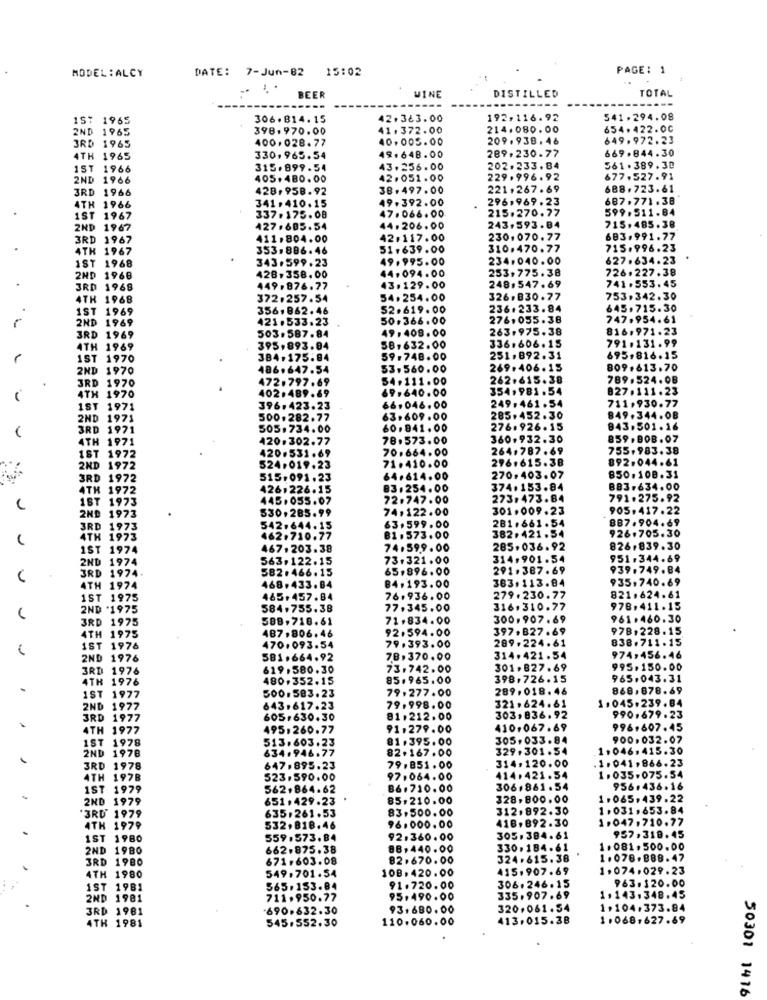
MODEL : ALCY
DATE: 7-Jun-82 15:02
PAGE: 1
WINE
DISTILLED
TOTAL
BEER
----
---
1S: 1965
306.814.15
42.363.00
192,116.92
541.294.08
2ND 1965
398.970.00
41. 372.00
214.080.00
654.422.00
400,028.77
40.005.00
209.938. 46
649.972.23
3RD 1965
289,230.77
669.844.30
4TH 1965
330,965.54
49.648.00
1ST 1966
1ST
315.899.54
43.256.00
202.233. 84
361.389.30
2ND 1966
405.480.00
42.051.00
229.996.92
677.527.91
3RD
3RD 1966
428,958.92
38.497.00
221 .267.69
688.723.61
341.410.15
49.392.00
296,969.23
687.771.38
4TH 1966
215.270.77
599.511.84
1ST 1967
337.175.08
47.066.00
2ND 1967
427.605.54
44.206.00
243.593.84
715.485.38
3RD 1967
411.804.00
42.117.00
230.070.77
683.991.77
4TH 1967
353,886.46
51.639.00
310.470.77
715.996.23
343.599.23
49.995.00
234.040.00
627.634.23
IST 1968
44.094.00
253,775.38
726.227.38
2ND 1968
428.358.00
248.547.69
741.553.45
3RD 1968
449.876.77
43.129.00
4TH 1968
372.257.54
54.254.00
326.830.77
753.342.30
.
1ST 1969
356,862.46
52.619.00
236.233.84
645.715.30
2ND 1969
421.533.23
50.366.00
276.055.38
747.954.61
49. 408.00
263.975.38
816.971.23
3RD 1969
503.587.84
336.606.15
791.131.99
4TH 1969
395,893.94
58,632.00
1ST 1970
384.175.84
59.748.00
251.892.31
695,816.15
2ND 1970
486.647.54
53.560.00
269.406.15
809.613.70
3RD 1970
472.797.69
54.111.00
262.615.38
789.524.08
4TH 1970
402.489.69
69.640.00
354.981.54
827.111.23
249.461.54
711.930.77
1ST 1971
396.423.23
66.046.00
2ND 1971
500.282.77
63.609.00
285.452.30
849.344.08
3RD 1971
505.734.00
60.941.00
276.926.15
843.501.16
4TH 1971
420.302.77
78.573.00
360,932.30
859.BOB.07
70.664.00
264.787.69
755,983.38
1ST 1972
420.531.69
296.615.38
892.044.61
2ND 1972
524.019.23
71.410.00
3RD 1972
515.091.23
64.614.00
270,403.07
850.108.31
4TH 1972
426,226.15
83.254.00
374.153.84
883,634.00
1ST 1973
445.055.07
72.747.00
273.473.84
791.275.92
530,285.99
74,122.00
301.009.23
905.417.22
2ND 1973
281.661.54
887.904.69
3RD 1973
542.644.15
63.599.00
382.421.54
926.705.30
4TH 1973
462.710.77
81.573.00
1ST 1974
467.203.38
74.599.00
285.036.92
826,839.30
2ND 1974
563,122.15
73.321.00
314,901.54
951.344.69
582.466.15
65,896.00
291.387.69
939.749.84
3RD 1974
363,113.84
935,740.69
4TH 1974
468.433.84
84.193.00
1ST 1975
465.457.84
76.936.00
279.230.77
821,624.61
2ND *1975
584.755.38
77.345.00
316.310.77
978,411.15
3RD 1975
588,718.61
71.834.00
300.907.69
961.460.30
487,806.46
92.594.00
397,827.69
978,228.15
4TH 1975
289.224.61
838.711.15
IST 1976
470.093.54
79.393.00
2ND 1976
581.664.92
78.370.00
314.421.54
974,456.46
3RD 1976
619.580.30
73.742.00
301.827.69
995,150.00
4TH 1976
480,352.15
85.965.00
398.726.15
965.043.31
500.583.23
79.277.00
289.018.46
868,878.69
T 1977
321 .624.61
1.045.239.84
2ND 1977
643.617.23
79.998.00
3RD 1977
605.630.30
81.212.00
303,836.92
990.679.23
4TH 1977
495.260.77
91.279.00
410.067.69
996,607.45
1ST 1978
513,603.23
81.395.00
305,033.84
900.032.07
2ND 1978
634.946.77
82.167.00
329,301.54
1.046.415.30
314,120.00
1041,866.23
3RD 1978
647.895.23
79.851.00
4TH 1978
523.590.00
97,064.00
414.421.54
1.035.075.54
1ST 1979
562,864.62
86.710.00
306.861.54
956.436.16
2ND 1979
651.429.23
85.210.00
328,800.00
1.065.439.22
3RD 1979
635.261.53
83,500.00
312.892.30
1.031,653.84
418,892.30
1.047.710.77
4TH 1979
532,818.46
96,000.00
1ST 1980
559.573.84
92.360.00
305.384.61
957.318.45
2ND 1980
662.875.38
88,440.00
330,184.61
1.081.500.00
3RD 1980
671,603.08
82.670.00
324.615.38
1.076.888.47
108.420.00
415.907.69
1.074.029.23
4TH 1980
549.701.54
963.120.00
1ST 1981
565.153.84
91.720.00
306.246.15
2ND 1981
711.950.77
95.490.00
335.907.69
1.143.348.45
3RD 1981
690.632.30
93,680.00
320.061.54
1.104.373.84
545.552.30
110.060.00
413.015.38
1.068.627.69
4TH 1981
50301 1416